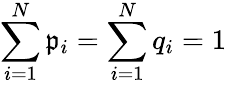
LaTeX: \sum_{i=1}^{N}\mathfrak{p}_{i}=\sum_{i=1}^{N}q_{i}=1